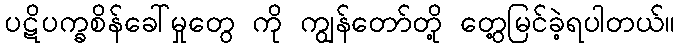
ပဋိပက္ခစိန်ခေါ်မှုတွေ ကို ကျွန်တော်တို့ တွေ့မြင်ခဲ့ရပါတယ်။